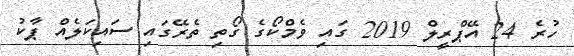
ހުރެ 24 އޭޕްރީލް 2019 ގައި ވެމްކޯގެ ގޯތި ތެރޭގައި ސައިކަލެއް ޕާކު